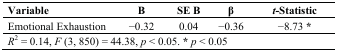
| Variable | B | SE B | β | t-Statistic |
 | --- | --- | --- | --- | --- |
 | Emotional Exhaustion | −0.32 | 0.04 | −0.36 | −8.73 * |
 | <COLSPAN=5> R2 = 0.14, F (3, 850) = 44.38, p < 0.05. *p < 0.05 |